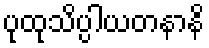
ပုထုသိပ္ပါယတနာနိ